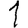
Digit: 1